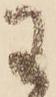
わ